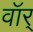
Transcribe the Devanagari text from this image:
वॉर्